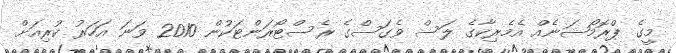
މީގެ ޕްރޮމޯޝަނެއް އެމެރިކާގެ ލަސް ވެގަސްގެ ރެސްޓޯރަންޓަކުން 2010 ވަނަ އަހަރު ކުރިއަށް